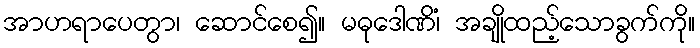
အာဟရာပေတွာ၊ ဆောင်စေ၍။ မဓုဒေါဏိံ၊ အချိုထည့်သောခွက်ကို။